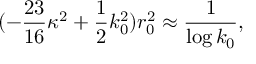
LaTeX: ( - \frac { 2 3 } { 1 6 } \kappa ^ { 2 } + \frac 1 2 k _ { 0 } ^ { 2 } ) r _ { 0 } ^ { 2 } \approx \frac { 1 } { \log k _ { 0 } } ,